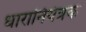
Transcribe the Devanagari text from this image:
धारानियंत्रक